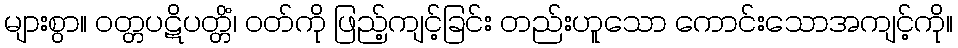
များစွာ။ ဝတ္တပဋိပတ္တိံ၊ ဝတ်ကို ဖြည့်ကျင့်ခြင်း တည်းဟူသော ကောင်းသောအကျင့်ကို။